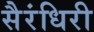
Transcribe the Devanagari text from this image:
सैरंधिरी